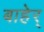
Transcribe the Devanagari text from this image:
बाहेर्